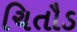
ચિતૌડ